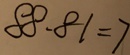
8 8 . 8 1 = 7